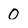
Character: 0